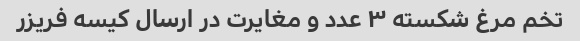
تخم مرغ شکسته ۳ عدد و مغایرت در ارسال کیسه فریزر